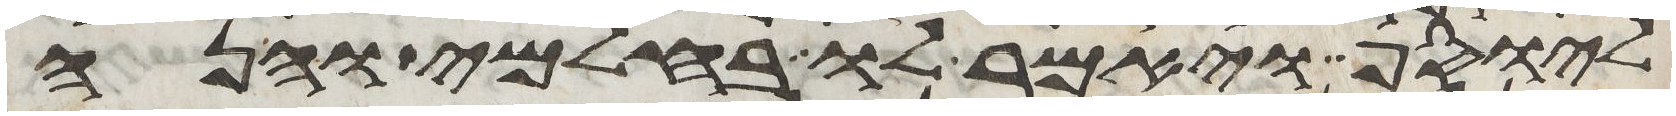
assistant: ליוסף ויאמר לו בחלמי והנה